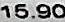
15.90